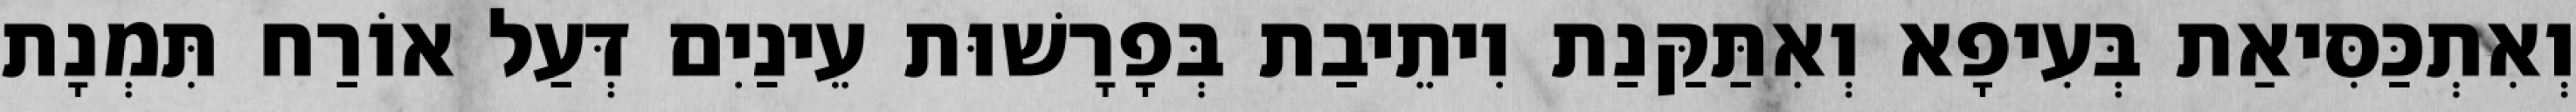
וְאִתְכַּסִּיאַת בְּעִיפָא וְאִתַּקַּנַת וִיתֵיבַת בְּפָרָשׁוּת עֵינַיִם דְּעַל אוֹרַח תִּמְנָת